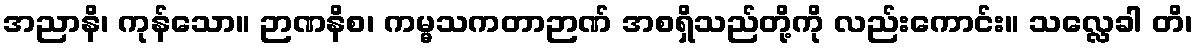
အညာနိ၊ ကုန်သော။ ဉာဏနိစ၊ ကမ္မသကတာဉာဏ် အစရှိသည်တို့ကို လည်းကောင်း။ သလ္လေခါ တိ၊